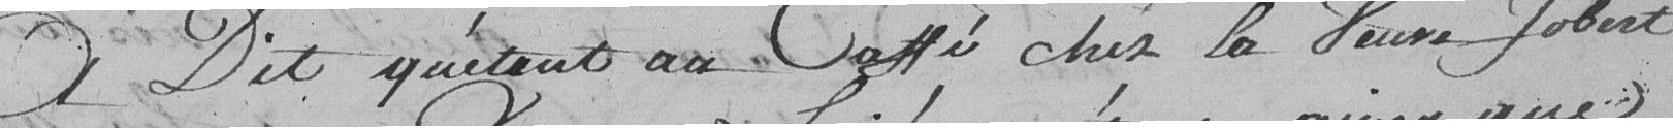
A dit qu'étant au café chez la veuve Jobert